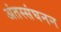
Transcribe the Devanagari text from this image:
अंतस्संघनन